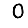
Digit: 0